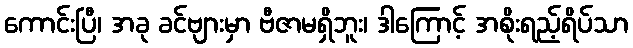
ကောင်းပြီ၊ အခု ခင်ဗျားမှာ ဗီဇာမရှိဘူး၊ ဒါကြောင့် အစိုးရည့်ရိပ်သာ